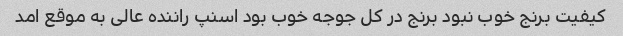
کیفیت برنج خوب نبود برنج در کل جوجه خوب بود اسنپ راننده عالی به موقع امد